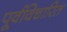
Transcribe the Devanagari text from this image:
पूर्वविचारित